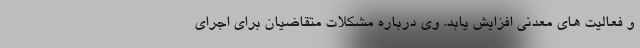
و فعالیت های معدنی افزایش یابد. وی درباره مشکلات متقاضیان برای اجرای